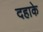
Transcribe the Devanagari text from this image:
दहाके